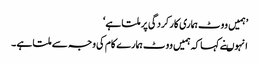
’ہمیں ووٹ ہماری کارکردگی پر ملتا ہے‘
انہوںنے کہا کہ ہمیں ووٹ ہمارے کام کی وجہ سے ملتا ہے ۔